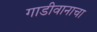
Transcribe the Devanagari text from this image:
गाडीवानाचा